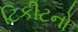
ટિકીટનો